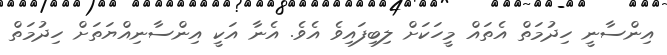
އިންސާނީ ހިދުމަތް އެތައް މީހަކަށް ލިބިފައިވެ އެވެ. އެނާ އަކީ އިންސާނިއްޔަތަށް ހިދުމަތް